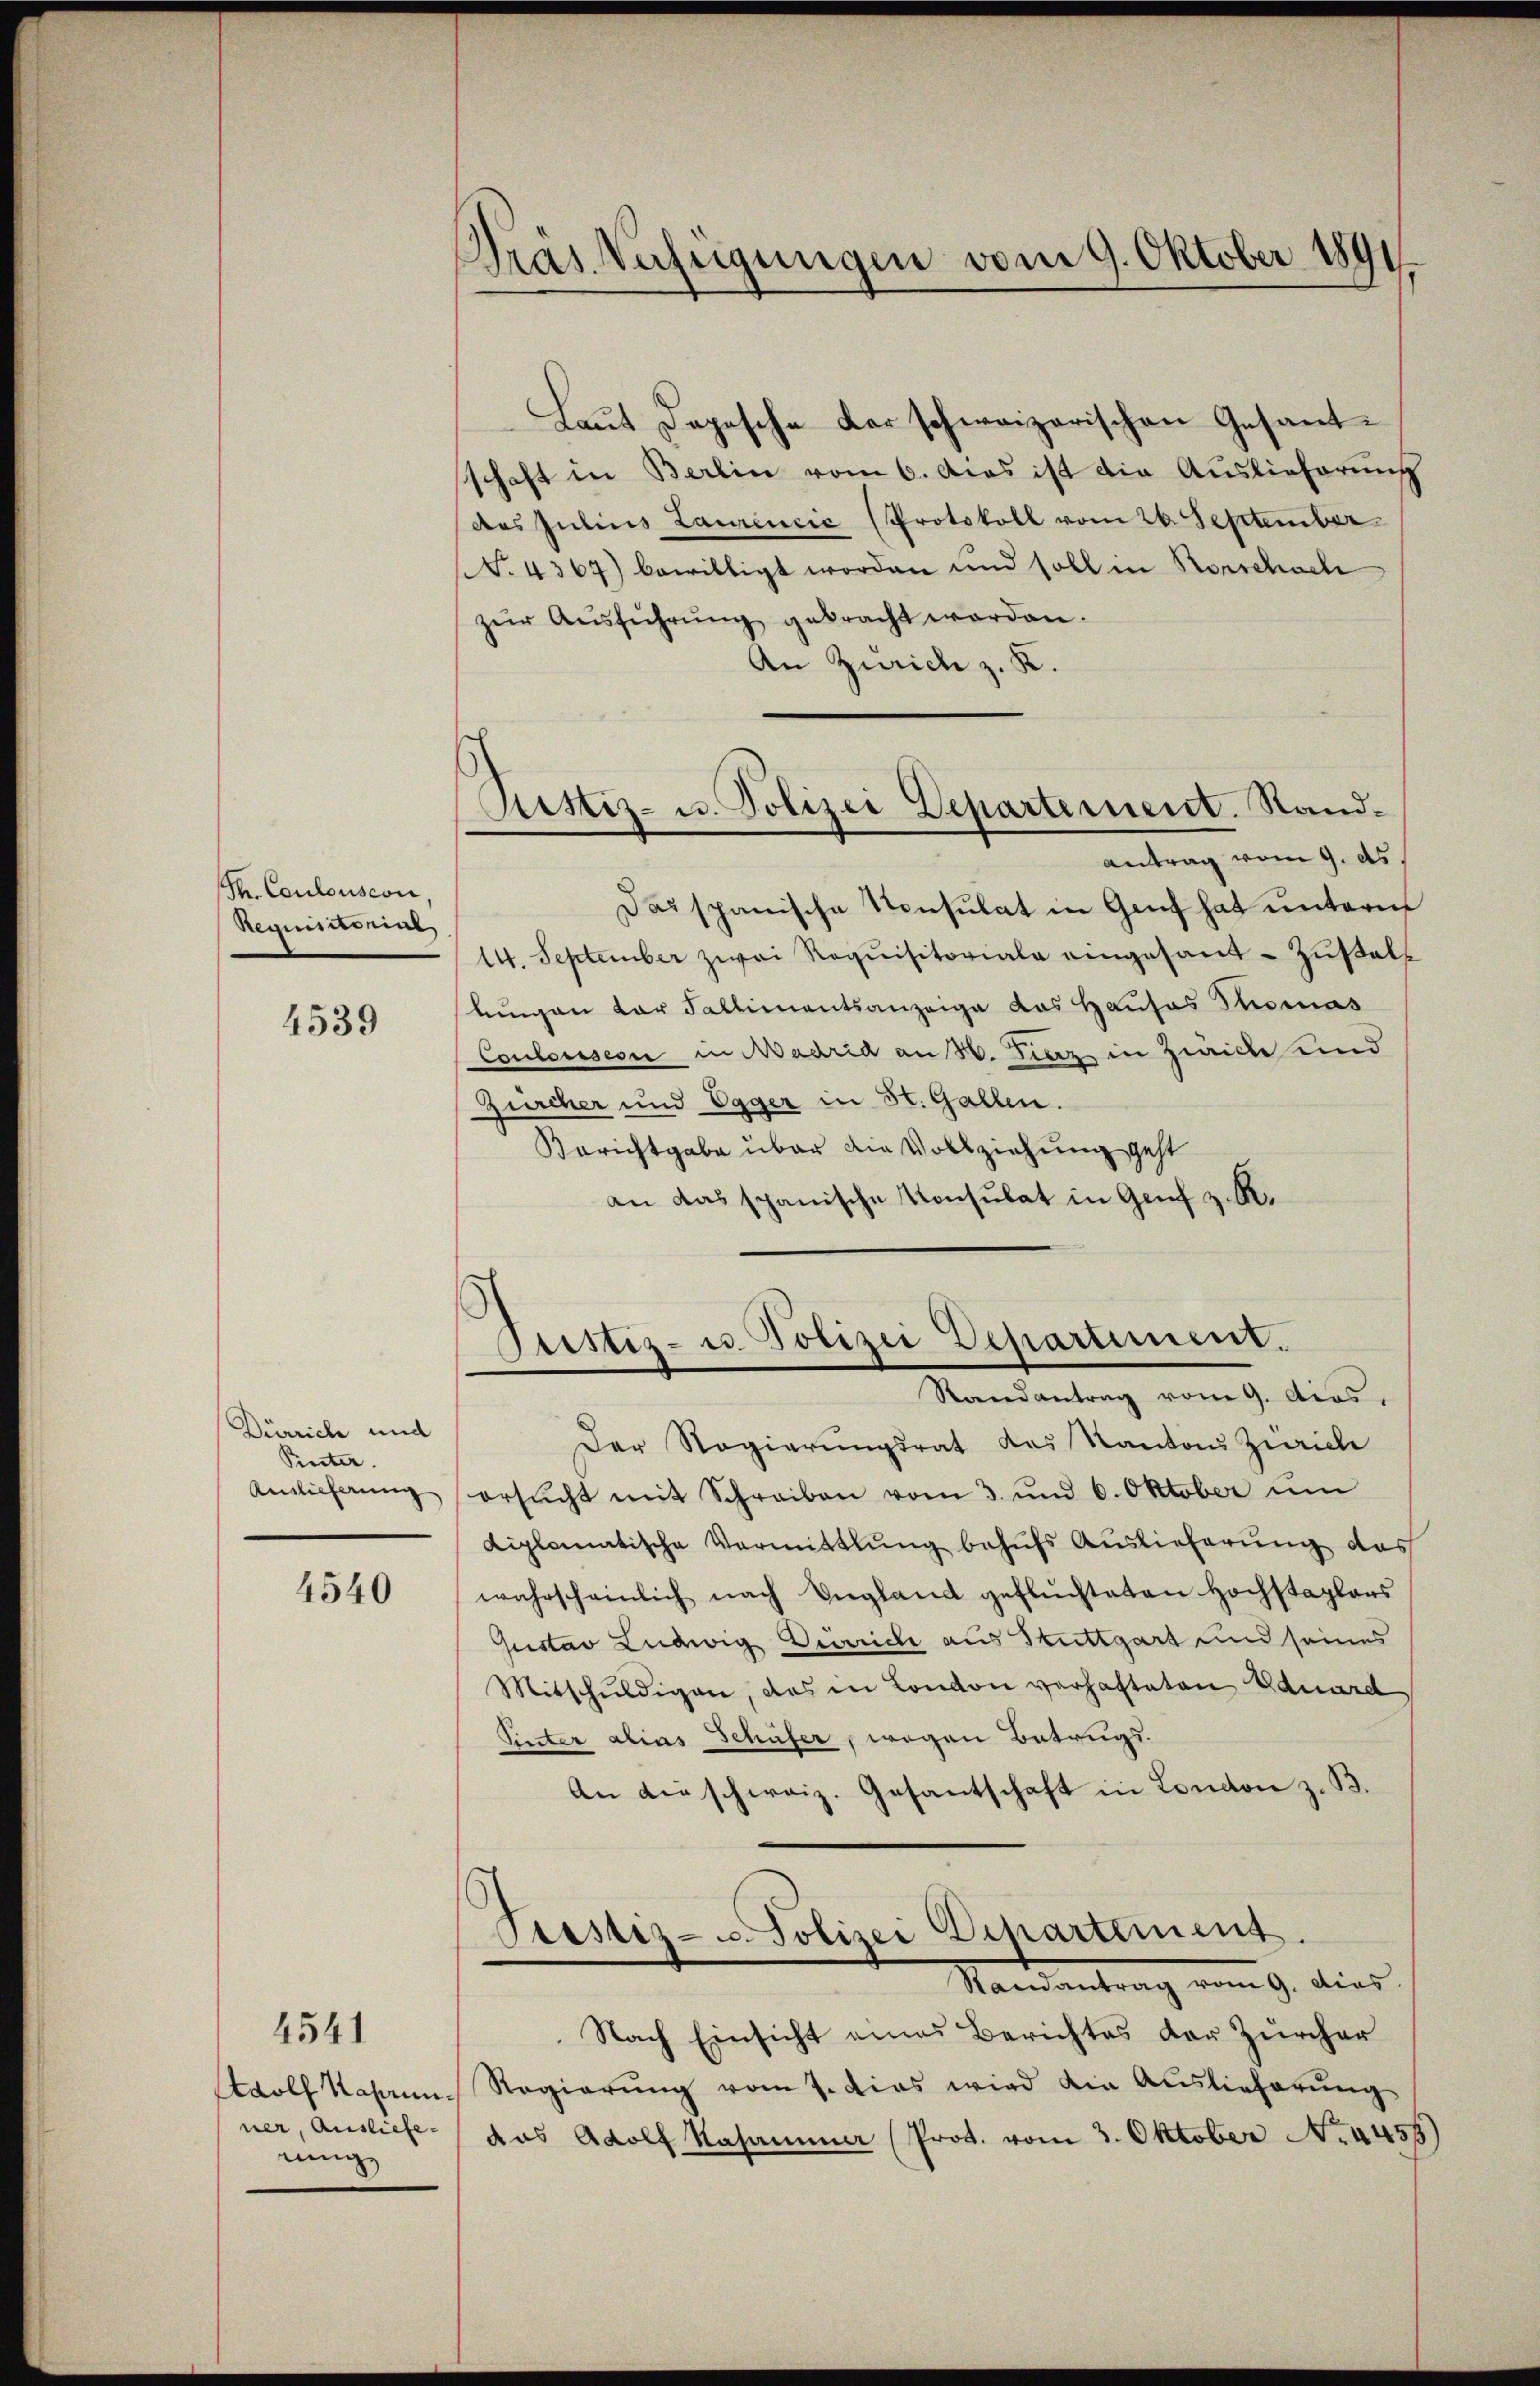
Th. Coulouscon,
Requisitone

4539

Dürrich und
Pinter.

4540

4541

ring

Dräs Verfügungen vom 9. Oktober 1891.

Laut Depesche der schweizerischen Gesant-
schaft in Berlin vom 6. dies ist die Auslieferung
das Julius Laurenčić (Protokoll vom 26. September
(S. 4367) bewilligt worden und soll in Rorschach
zŭr Aŭsführŭng gebracht worden.
An Zürich z. K.
Das spanische Konsulat in Genf hat untern
14. September zwei Requisitoriale eingesand-Zustell
lungen der Fallimentsanzeige das Hauses Thomas
Coulession in Madria an 30. Linz in Zwicke und
Zürcher und Egger in St. Gallen.
Berichtgabe über die Vollziehung geht
an das spanische Konsulat in Genf z. K.

Ristiz- u. Polizei Departement. Sand¬
Antrag vom 9. ds.

Justiz- u Polizei Departement.
Randantrag vom 9. Acos,

Der Regierungsrat des Kantons Zürich
Amlicherŭng ersŭcht mit Schreiben vom 3. und 6. Oktober ŭm
Liplomatische Vermittlung behufs Auslieferung des
wahrscheinlich nach England geflüchteten Hochstaglers
Gustav Ludwig Derrich aus Stuttgart und seines
Mitschŭldigen, das in London verhafteten Eduard
Sinter alias Schüfer, wegen Betrugs-
An die schweiz. Gesantschaft in London z. B.
Pristiz- u Polizei Departement.
Standeantrag vom 9. dies
Nach Einsicht eines Berichtes der Zürcher
dolf Kasern Regierŭng vom 7. dies wird die Auslieferŭng
ner, Ausliefe (das Adolf Kasammer (Prot. vom 3. Oktober No. 4455)